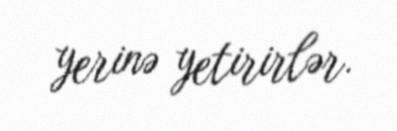
yerinə yetirirlər.